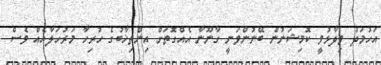
އަހުމަދު ވިދާޅުވީ ކޮމިޝަނުން ބޭނުންވަނީ ގާނޫނާ އެއްގޮތަށް އިންތިޚާބުގެ ހުރިހާ މަރުހަލާއެއް ވެސް